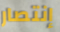
إنتصار